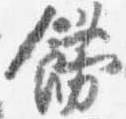
飾